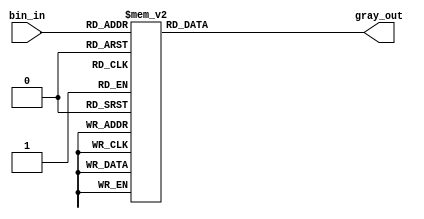
// SPDX-License-Identifier: Apache-2.0
// Copyright (C) 2019 Intel Corporation. 
module altr_hps_bin2gray (
	 bin_in,
	 gray_out
);

input  [2:0] bin_in;
output [2:0] gray_out;
reg    [2:0] gray_out;

always @(*) 
begin  // 3 bit gray code 
	 case(bin_in)
		  3'b000 : gray_out = 3'b000; 
		  3'b001 : gray_out = 3'b001; 
		  3'b010 : gray_out = 3'b011; 
		  3'b011 : gray_out = 3'b010; 
		  3'b100 : gray_out = 3'b110; 
		  3'b101 : gray_out = 3'b111; 
		  3'b110 : gray_out = 3'b101; 
		  3'b111 : gray_out = 3'b100; 
		  default: gray_out = 3'b000;
	 endcase
end

endmodule